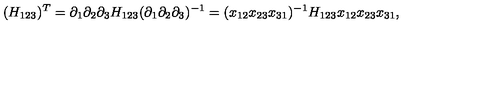
( H _ { 1 2 3 } ) ^ { T } = \partial _ { 1 } \partial _ { 2 } \partial _ { 3 } H _ { 1 2 3 } ( \partial _ { 1 } \partial _ { 2 } \partial _ { 3 } ) ^ { - 1 } = ( x _ { 1 2 } x _ { 2 3 } x _ { 3 1 } ) ^ { - 1 } H _ { 1 2 3 } x _ { 1 2 } x _ { 2 3 } x _ { 3 1 } ,